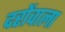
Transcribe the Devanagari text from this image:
दरोंवाला